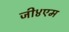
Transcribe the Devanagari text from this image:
जी४एम